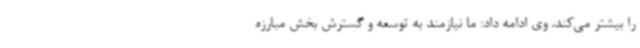
را بیشتر می‌کند. وی ادامه داد: ما نیازمند به توسعه و گسترش بخش مبارزه